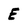
Character: E